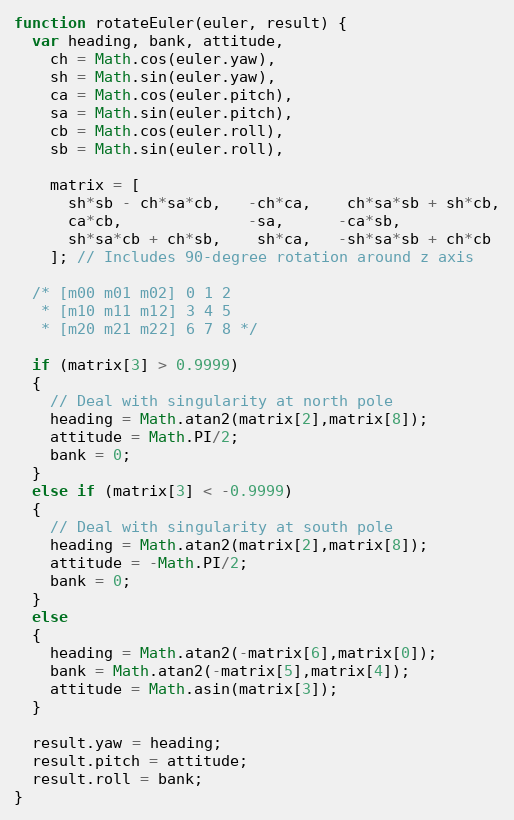
Language: JavaScript
function rotateEuler(euler, result) {
  var heading, bank, attitude,
    ch = Math.cos(euler.yaw),
    sh = Math.sin(euler.yaw),
    ca = Math.cos(euler.pitch),
    sa = Math.sin(euler.pitch),
    cb = Math.cos(euler.roll),
    sb = Math.sin(euler.roll),

    matrix = [
      sh*sb - ch*sa*cb,   -ch*ca,    ch*sa*sb + sh*cb,
      ca*cb,              -sa,      -ca*sb,
      sh*sa*cb + ch*sb,    sh*ca,   -sh*sa*sb + ch*cb
    ]; // Includes 90-degree rotation around z axis

  /* [m00 m01 m02] 0 1 2
   * [m10 m11 m12] 3 4 5
   * [m20 m21 m22] 6 7 8 */

  if (matrix[3] > 0.9999)
  {
    // Deal with singularity at north pole
    heading = Math.atan2(matrix[2],matrix[8]);
    attitude = Math.PI/2;
    bank = 0;
  }
  else if (matrix[3] < -0.9999)
  {
    // Deal with singularity at south pole
    heading = Math.atan2(matrix[2],matrix[8]);
    attitude = -Math.PI/2;
    bank = 0;
  }
  else
  {
    heading = Math.atan2(-matrix[6],matrix[0]);
    bank = Math.atan2(-matrix[5],matrix[4]);
    attitude = Math.asin(matrix[3]);
  }

  result.yaw = heading;
  result.pitch = attitude;
  result.roll = bank;
}